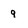
Character: 9